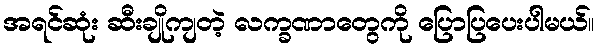
အရင်ဆုံး ဆီးချိုကျတဲ့ လက္ခဏာတွေကို ပြောပြပေးပါမယ်။